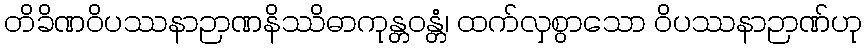
တိခိဏဝိပဿနာဉာဏနိဿိဓာကုန္တဝန္တံ၊ ထက်လှစွာသော ဝိပဿနာဉာဏ်ဟု